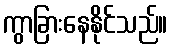
ကွာခြားနေနိုင်သည်။